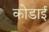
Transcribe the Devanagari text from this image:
कोडाई